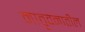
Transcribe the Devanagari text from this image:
मातृवनातील